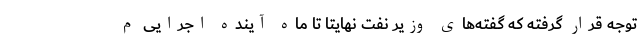
توجه قرار گرفته که گفته‌های وزیر نفت نهایتا تا ماه آینده اجرایی م